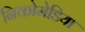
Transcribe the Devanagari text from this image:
निकोमेडिया